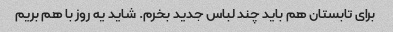
برای تابستان هم باید چند لباس جدید بخرم. شاید یه روز با هم بریم